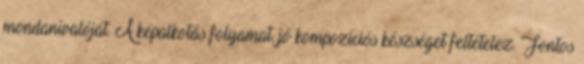
mondanivalóját. A képalkotás folyamat, jó kompozíciós készséget feltételez. Fontos